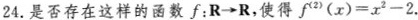
24.是否存在这样的函数f：R \longrightarrow R，使得$$f ^ { 2 } ( x ) = x ^ { 2 } - 2$$.